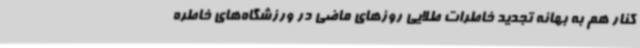
کنار هم به بهانه تجدید خاطرات طلایی روزهای ماضی در ورزشگاه‌های خاطره